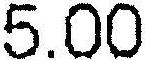
5.00